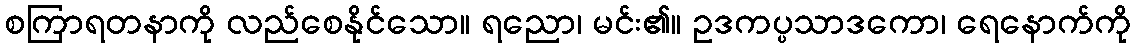
စကြာရတနာကို လည်စေနိုင်သော။ ရညော၊ မင်း၏။ ဥဒကပ္ပသာဒကော၊ ရေနောက်ကို